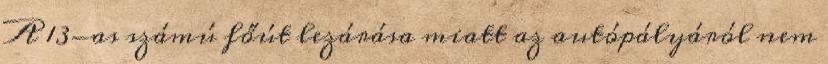
A 13-as számú főút lezárása miatt az autópályáról nem